Standards of the constituents of the urine and blood and the bearing of the metabolism of Bengalis on the problems of nutrition - Number 34
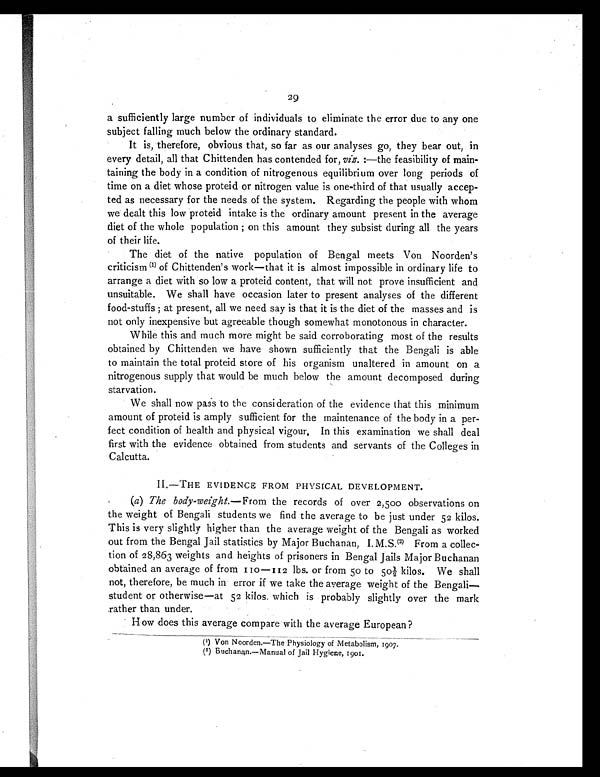
29
a sufficiently large number of individuals to eliminate the error due to any one
subject falling much below the ordinary standard.
It is, therefore, obvious that, so far as our analyses go, they bear out, in
every detail, all that Chittenden has contended for, viz. :—the feasibility of main-
taining the body in a condition of nitrogenous equilibrium over long periods of
time on a diet whose proteid or nitrogen value is one-third of that usually accep-
ted as necessary for the needs of the system. Regarding the people with whom
we dealt this low proteid intake is the ordinary amount present in the average
diet of the whole population ; on this amount they subsist during all the years
of their life.
The diet of the native population of Bengal meets Von Noorden's
criticism (1) of Chittenden's work—that it is almost impossible in ordinary life to
arrange a diet with so low a proteid content, that will not prove insufficient and
unsuitable. We shall have occasion later to present analyses of the different
food-stuffs ; at present, all we need say is that it is the diet of the masses and is
not only inexpensive but agreeable though somewhat monotonous in character.
While this and much more might be said corroborating most of the results
obtained by Chittenden we have shown sufficiently that the Bengali is able
to maintain the total proteid store of his organism unaltered in amount on a
nitrogenous supply that would be much below the amount decomposed during
starvation.
We shall now pass to the consideration of the evidence that this minimum
amount of proteid is amply sufficient for the maintenance of the body in a per-
fect condition of health and physical vigour. In this examination we shall deal
first with the evidence obtained from students and servants of the Colleges in
Calcutta.
II.—THE EVIDENCE FROM PHYSICAL DEVELOPMENT.
(a) The body-weight.—From the records of over 2,500 observations on
the weight of Bengali students we find the average to be just under 52 kilos.
This is very slightly higher than the average weight of the Bengali as worked
out from the Bengal Jail statistics by Major Buchanan, I. M.S. (2) From a collec-
tion of 28,863 weights and heights of prisoners in Bengal Jails Major Buchanan
obtained an average of from 110 —112 lbs. or from 50 to 501/2 kilos. We shall
not, therefore, be much in error if we take the average weight of the Bengali—.
student or otherwise—at 52 kilos. which is probably slightly over the mark
rather than under.
H ow does this average compare with the average European?
(1) Von Noorden.—The Physiology of Metabolism, 1907.
(2) Buchanan.—Manual of Jail Hygiene, 1901.